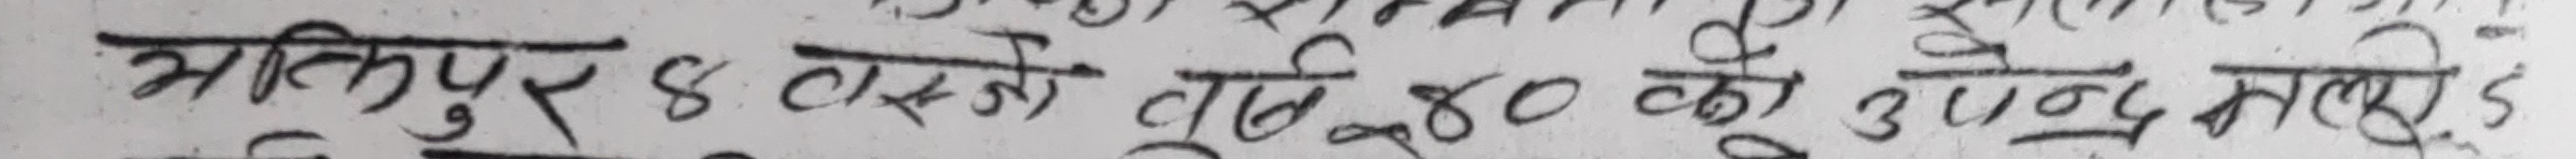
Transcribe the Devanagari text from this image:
भात्तिपुर ४ टक्सनिको लु. ४० को उपेन्द्र मलिड